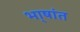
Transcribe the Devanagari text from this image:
भा्षांत